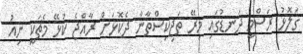
ގަލޮޅު ރަސްމީ ދަނޑުގައި މިރޭ ތަޖިކިސްތާނާ ދެކޮޅަށް ރާއްޖެ ކުޅޭ މެޗަކީ ނިއު